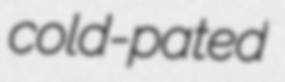
cold-pated